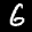
Label: 6